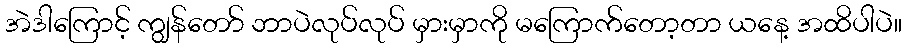
အဲဒါကြောင့် ကျွန်တော် ဘာပဲလုပ်လုပ် မှားမှာကို မကြောက်တော့တာ ယနေ့ အထိပါပဲ။